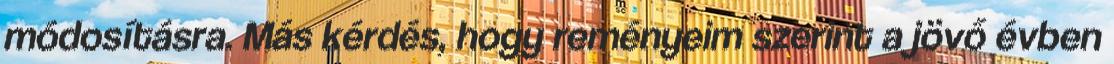
módosításra. Más kérdés, hogy reményeim szerint a jövő évben